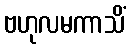
ဗဟုလမကာသိံ